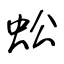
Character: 蚣